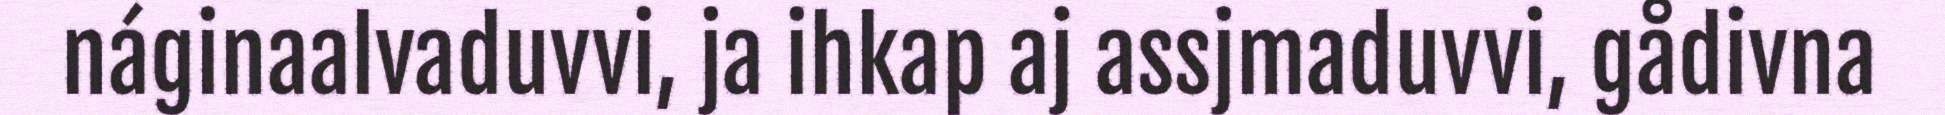
náginaalvaduvvi, ja ihkap aj assjmaduvvi, gådivna